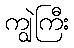
ကျွဲကြီး